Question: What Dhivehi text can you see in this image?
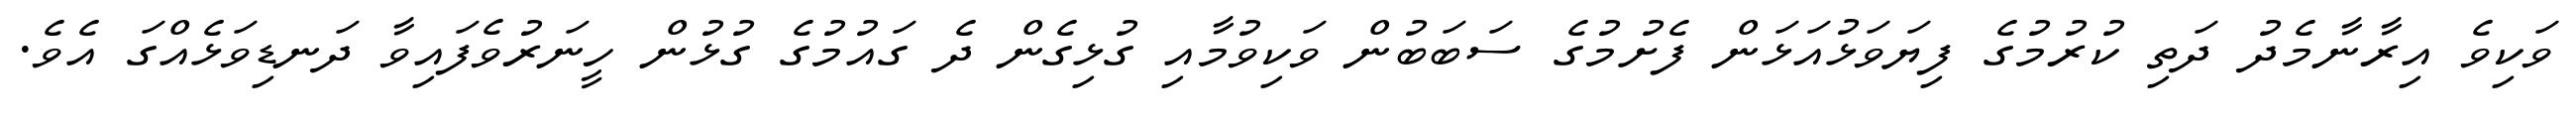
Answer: ވަކިވެ އިރާނާމެދު ދަތި ކުރުމުގެ ފިޔަވަޅުއަޅަން ފެށުމުގެ ސަބަބުން ވަކިވުމާއި ގުޅިގެން ދެ ގައުމުގެ ގުޅުން ހީނަރުވެފައިވާ ދަނޑިވަޅެއްގަ އެވެ.